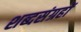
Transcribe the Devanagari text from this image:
शब्दसंग्रहों